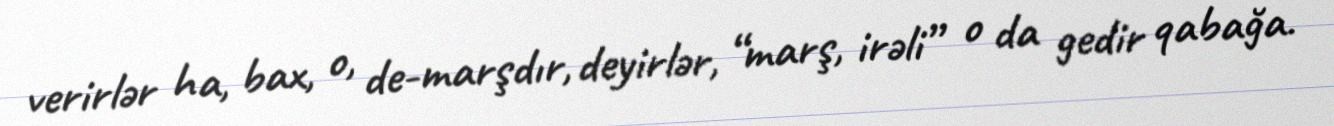
verirlər ha, bax, o, de-marşdır, deyirlər, “marş, irəli” o da gedir qabağa.